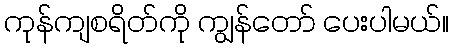
ကုန်ကျစရိတ်ကို ကျွန်တော် ပေးပါမယ်။